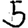
Digit: 5